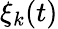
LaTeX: \xi_{k}(t)